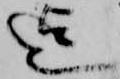
迄